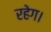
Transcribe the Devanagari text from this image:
रहेग।